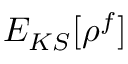
E _ { K S } [ \rho ^ { f } ]